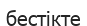
бестікте